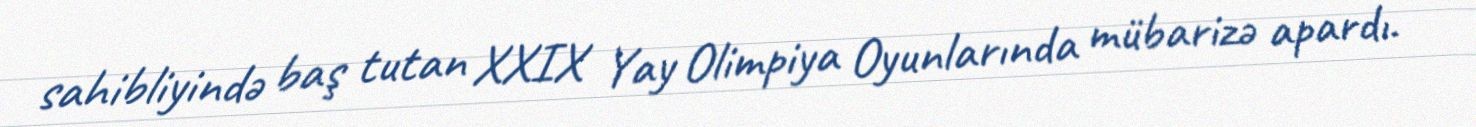
sahibliyində baş tutan XXIX Yay Olimpiya Oyunlarında mübarizə apardı.